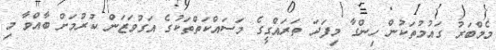
މެމްބަރު ގައުމުތަކުން ހިންގާ މިފަދަ ތަރައްގީގެ މަސައްކަތްތަކުގެ އަގުވަޒަން ކުރުމަށް ބާއްވާ މި